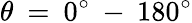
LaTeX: \theta\: =\: 0^{\circ}\: -\: 180^{\circ}